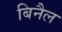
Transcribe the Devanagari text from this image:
बिनैल